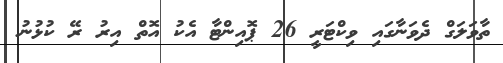
ތާވަލަގް ދެވަނާގައި ވިކްޓަރީ 26 ޕޮއިންޓާ އެކު އޮތް އިރު ރޭ ކުޅުނު